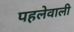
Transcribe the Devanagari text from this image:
पहलेवाली